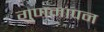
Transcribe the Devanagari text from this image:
गुणमापन